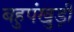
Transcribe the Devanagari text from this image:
बहुपंखुड़ी